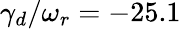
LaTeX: \gamma_{d}/\omega_{r}=-25.1\